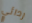
ردائي